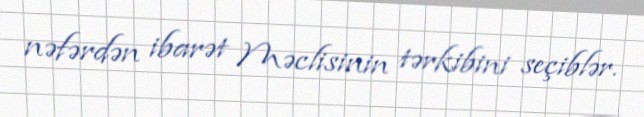
nəfərdən ibarət Məclisinin tərkibini seçiblər.